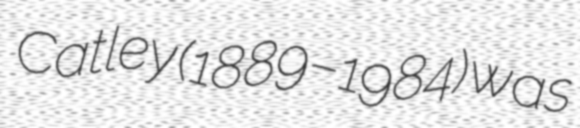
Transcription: Catley (1889–1984) was